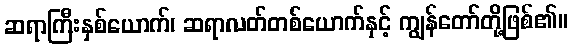
ဆရာကြီးနှစ်ယောက်၊ ဆရာလတ်တစ်ယောက်နှင့် ကျွန်တော်တို့ဖြစ်၏။